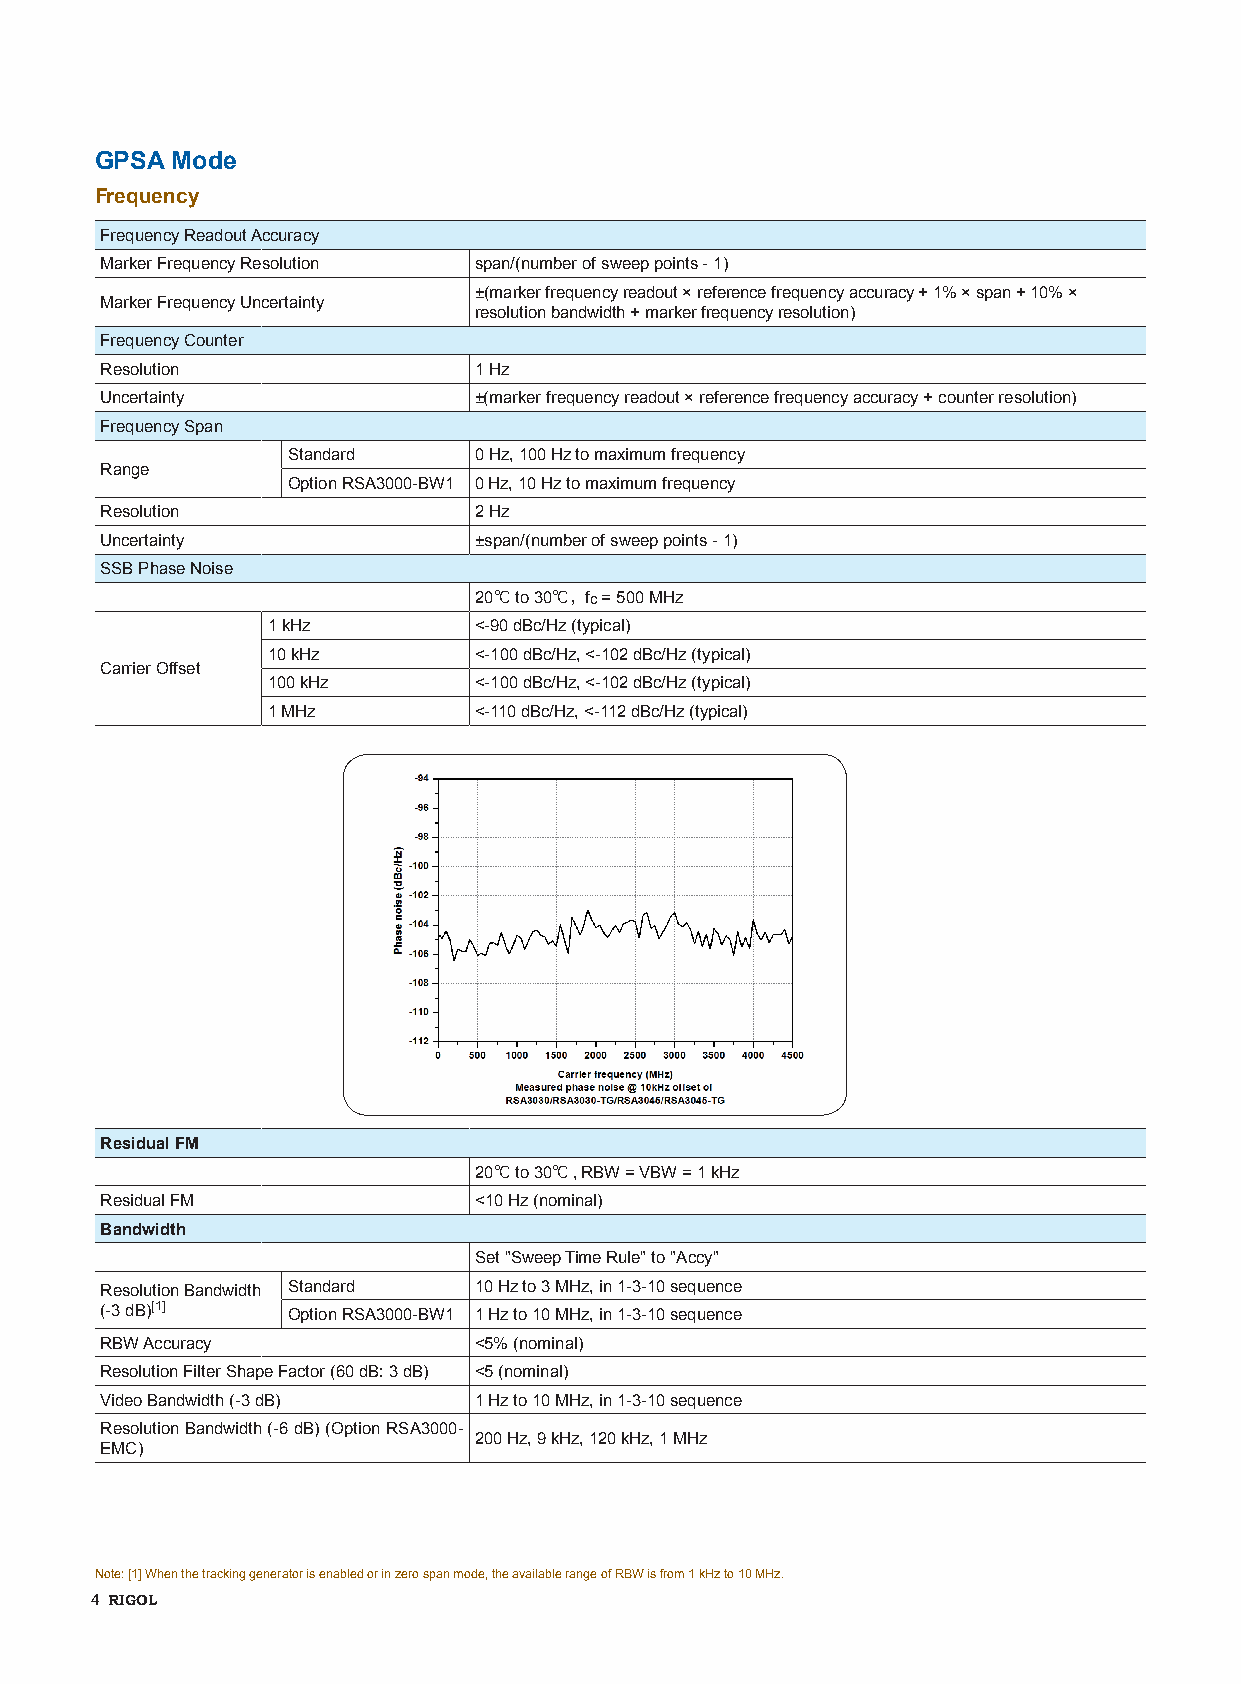
GPSA Mode
 Frequency
 Frequency Readout Accuracy
 Marker Frequency Resolution span/(number of sweep points - 1)
 ±(marker frequency readout × reference frequency accuracy + 1% × span + 10% ×
 Marker Frequency Uncertainty
 resolution bandwidth + marker frequency resolution)
 Frequency Counter
 Resolution              1 Hz
 Uncertainty             ±(marker frequency readout × reference frequency accuracy + counter resolution)
 Frequency Span
 Standard    0 Hz, 100 Hz to maximum frequency
 Range
 Option RSA3000-BW1 0 Hz, 10 Hz to maximum frequency
 Resolution              2 Hz
 Uncertainty             ±span/(number of sweep points - 1)
 SSB Phase Noise
 20℃ to 30℃，fc = 500 MHz
 1 kHz        <-90 dBc/Hz (typical)
 10 kHz       <-100 dBc/Hz, <-102 dBc/Hz (typical)
 Carrier Offset
 100 kHz      <-100 dBc/Hz, <-102 dBc/Hz (typical)
 1 MHz        <-110 dBc/Hz, <-112 dBc/Hz (typical)
 Residual FM
 20℃ to 30℃, RBW = VBW = 1 kHz
 Residual FM             <10 Hz (nominal)
 Bandwidth
 Set "Sweep Time Rule" to "Accy"
 Resolution Bandwidth Standard 10 Hz to 3 MHz, in 1-3-10 sequence
 (-3 dB)[1]  Option RSA3000-BW1 1 Hz to 10 MHz, in 1-3-10 sequence
 RBW Accuracy            <5% (nominal)
 Resolution Filter Shape Factor (60 dB: 3 dB) <5 (nominal)
 Video Bandwidth (-3 dB) 1 Hz to 10 MHz, in 1-3-10 sequence
 Resolution Bandwidth (-6 dB) (Option RSA3000-
 200 Hz, 9 kHz, 120 kHz, 1 MHz
 EMC)
 Note: [1] When the tracking generator is enabled or in zero span mode, the available range of RBW is from 1 kHz to 10 MHz.
 4 RIGOL